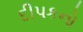
દીપકનો